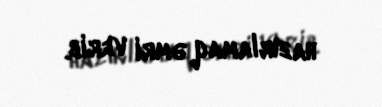
hazırlamaq əmri verib.